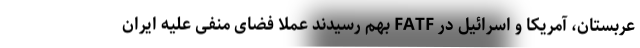
عربستان، آمریکا و اسرائیل در FATF بهم رسیدند عملا فضای منفی علیه ایران